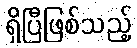
ရှိပြီဖြစ်သည့်